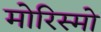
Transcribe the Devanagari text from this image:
मोरिस्मो